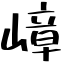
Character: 嶂